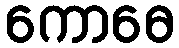
ကောဓေ